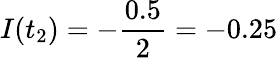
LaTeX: I(t_{2})=-\frac{0.5}{2}=-0.25